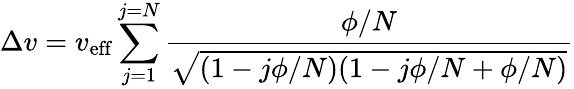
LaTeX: \Delta v=v_{\mathrm{{eff}}}\sum_{j=1}^{j=N}{\frac{\phi/N}{\sqrt{(1-j\phi/N)(1-j\phi/N+\phi/N)}}}